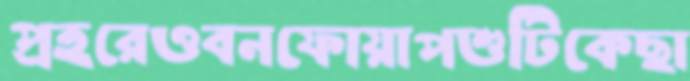
প্রহরেওবনফোয়াপশুটিকেছা